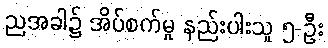
ညအခါ၌ အိပ်စက်မှု နည်းပါးသူ ၅-ဦး